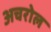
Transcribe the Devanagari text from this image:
अचरोल